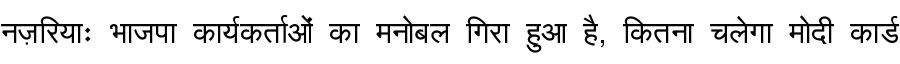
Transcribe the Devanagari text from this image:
नज़रियाः भाजपा कार्यकर्ताओं का मनोबल गिरा हुआ है, कितना चलेगा मोदी कार्ड